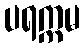
ပရက္ကမ